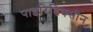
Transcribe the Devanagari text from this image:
पाइरिडिक्सीन